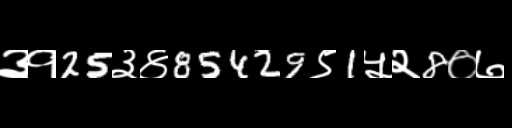
Text: ३१25३४85429९1५२8०७